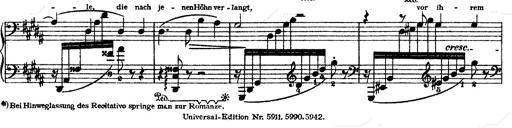
Title: O du mein holder Abendstern
Composer: Franz Liszt